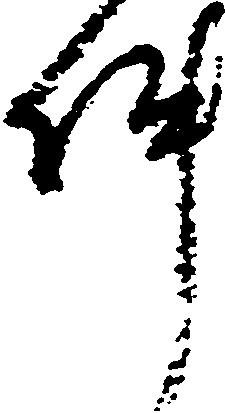
件